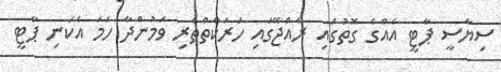
ސިޔާސީ ޕާޓީ އެއްގެ ގޮތުގައި ރާއްޖޭގައި ހަރަކާތްތެރި ވަމުންދާ ހަމަ އެކަނި ޕާޓީ